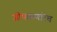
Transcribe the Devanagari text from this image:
जोपासणारेच